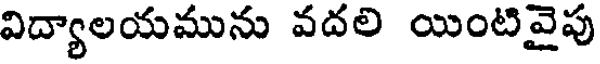
విద్యాలయమును వదలి యింటివైపు